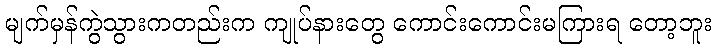
မျက်မှန်ကွဲသွားကတည်းက ကျုပ်နားတွေ ကောင်းကောင်းမကြားရ တော့ဘူး